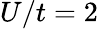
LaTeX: U/t=2